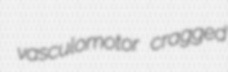
vasculomotor cragged